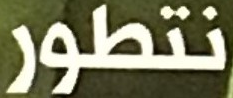
نتطور